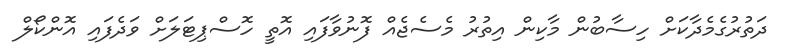
ދަތުރުގެމެދާކަށް ހިސާބުން މާކިން އިތުރު މެސެޖެއް ފޮނުވާފައި އޮތީ ހޮސްޕިޓަލަށް ވަދެފައި އޮންކޯލް